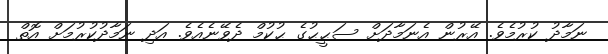
ނަމާދު ކުރުމެވެ. އޭރުން އެނަމާދަށް ސަޙީޙުގެ ޙުކުމް ދެވޭނެއެވެ. އަދި ނަމާދުކުރުމަށް އޮތް